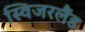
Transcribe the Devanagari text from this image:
स्विजरलैंड